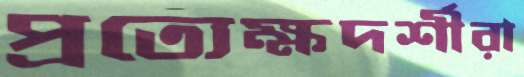
প্রত্যেক্ষদর্শীরা